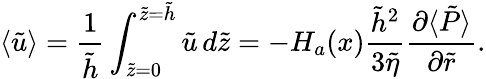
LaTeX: \left\langle\tilde{u}\right\rangle=\frac{1}{\tilde{h}}\int_{\tilde{z}=0}^{\tilde{z}=\tilde{h}}\tilde{u}\, d\tilde{z}=-H_{a}(x)\frac{\tilde{h}^{2}}{3\tilde{\eta}}\frac{\partial\langle\tilde{P}\rangle}{\partial\tilde{r}}.